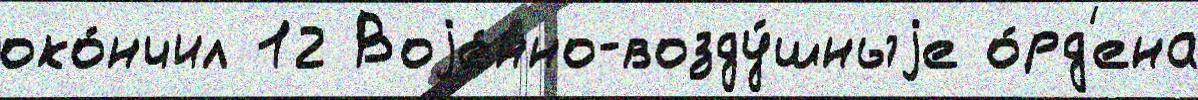
око́нчил 12 Воjе́нно-возду́шныjе о́рд'ена